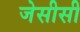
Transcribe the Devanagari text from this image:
जेसीसी